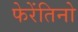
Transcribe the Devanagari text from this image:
फेरेंतिनो